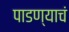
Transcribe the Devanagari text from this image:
पाडण्याचं